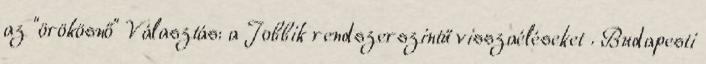
az "örökösnő" Választás: a Jobbik rendszerszintű visszaéléseket . Budapesti